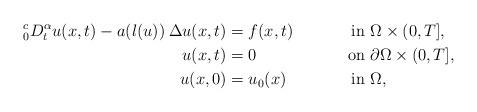
LaTeX: \begin{align*} ^{c}_{0}{D}^{\alpha}_{t}u(x,t)-a(l(u)) \: \Delta u(x,t) & = f(x,t) & \mbox{in } & \Omega\times(0,T], \\ u(x,t) & = 0 & \mbox{on } & \partial\Omega\times(0,T],\\ u(x,0)&=u_0(x) & \mbox{in } & \Omega, \end{align*}